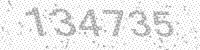
Solution: 134735